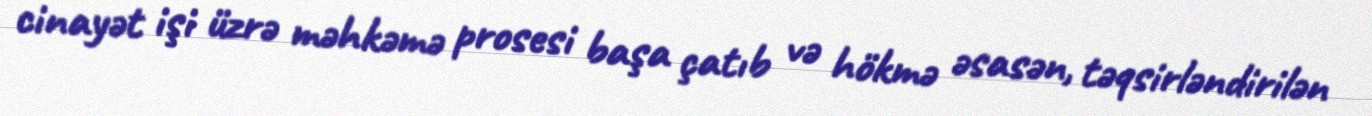
cinayət işi üzrə məhkəmə prosesi başa çatıb və hökmə əsasən, təqsirləndirilən